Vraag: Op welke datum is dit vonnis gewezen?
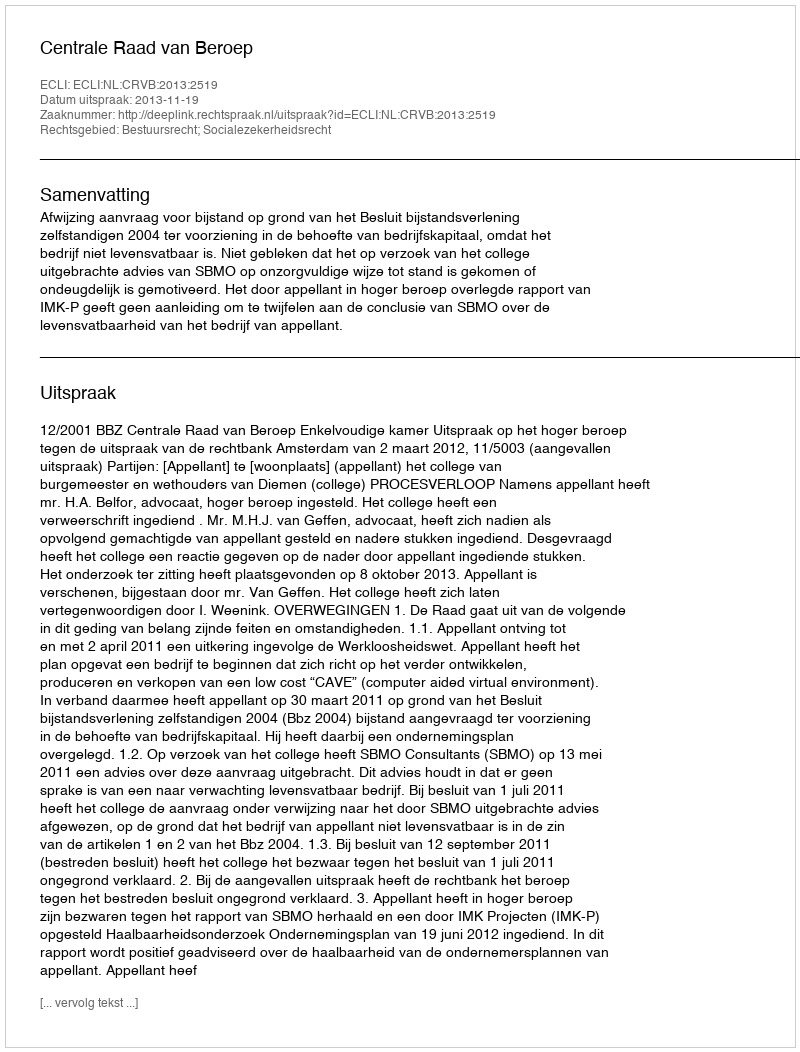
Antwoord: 2013-11-19